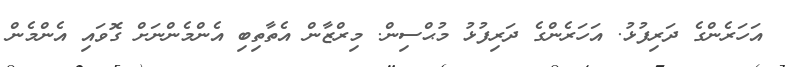
އަހަރެންގެ ދަރިފުޅު. އަހަރެންގެ ދަރިފުޅު މުޙްސިން. މިރްޒާން އެތާތިބި އެންމެންނަށް ގޮވައި އެންމެން